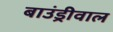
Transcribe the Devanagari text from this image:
बाउंड्रीवाल